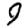
Digit: 9